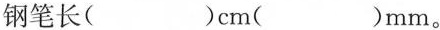
钢笔长( )cm( )mm。